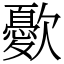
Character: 㱊